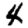
Digit: 4